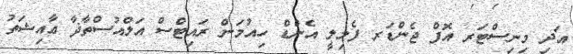
އަދި މިނިސްޓަރ އޮފް ޖެންޑަރ ފެމިލީ އެންޑް ހިއުމަން ރައިޓްސް އަލްއުސްތާޛާ ޢާއިޝަތު